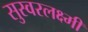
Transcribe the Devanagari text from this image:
सुस्वरलक्ष्मी